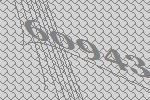
60943